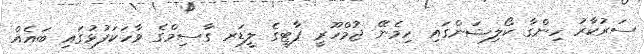
ސަރުކާރު ހިންގާ ކޯލިޝަންގައި ހިމެނޭ ޖުމްހޫރީ ޕާޓީގެ ލީޑަރ ގާސިމްގެ ވާހަކަފުޅުގައި ބައެއް